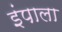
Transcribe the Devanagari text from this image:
इंपाला